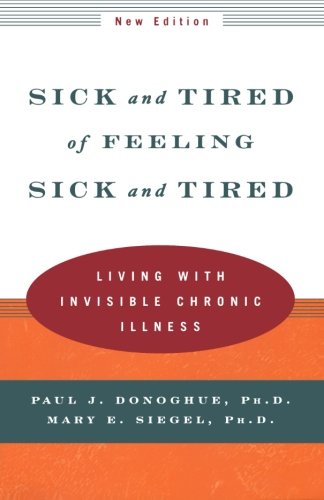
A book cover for Sick and Tired of Feeling Sick and Tired: Living with Invisible Chronic Illness (New Edition); Paul J. Donoghue; Health, Fitness & Dieting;